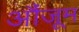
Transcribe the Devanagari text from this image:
औंजूम